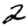
Digit: 2